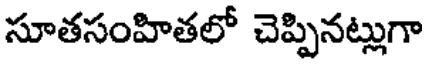
సూతసంహితలో చెప్పినట్లుగా